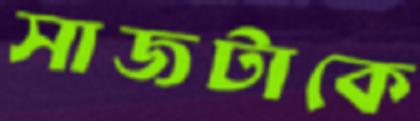
সাজটাকে